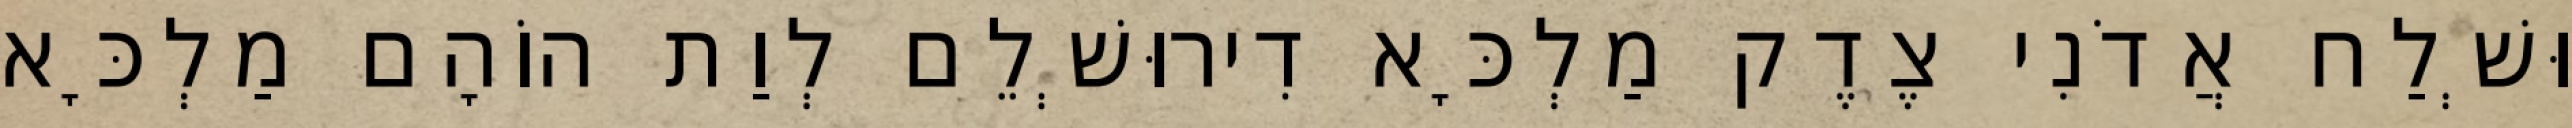
וּשְׁלַח אֲדֹנִי צֶדֶק מַלְכָּא דִירוּשְׁלֵם לְוַת הוֹהָם מַלְכָּא